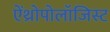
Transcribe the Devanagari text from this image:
ऐंथ्रोपोलॉजिस्ट